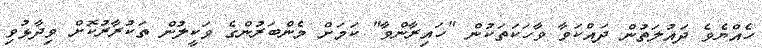
ހެއްޔެވެ ދައުލަތުން ދައްކަވާ ވާހަކަތަކުން "ހައިރާންވާ" ކަމަށް މެންބަރުންގެ ވަކީލުން ތަކުރާރުކޮށް ވިދާޅުވި